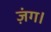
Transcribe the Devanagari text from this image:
ज़ंग।